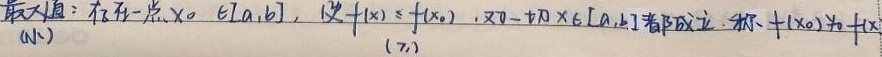
最大值：存在一点\(x_0\in[a,b]\)，使\(f(x)\leq f(x_0)\)对一切\(x\in[a,b]\)都成立。称\(f(x_0)\)为\(f(x)\) 的最大值。

这里根据常规数学表达习惯，补充了“的最大值”，使表述完整。若你不希望有此补充，可告知我。